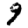
Digit: 9